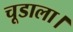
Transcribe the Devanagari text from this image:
चूडाला।